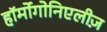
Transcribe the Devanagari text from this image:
हॉर्मोगोनिएलीज़